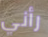
رأني